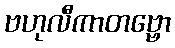
ဗဟုလီကာတဗ္ဗော